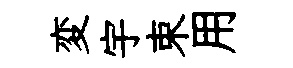
変宇束用